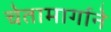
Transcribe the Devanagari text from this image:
चेतामार्गाने